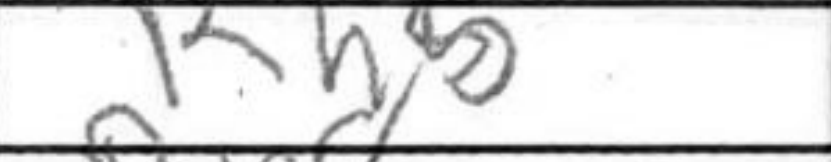
Transcription: Rh5